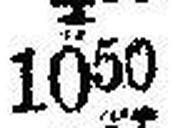
1050